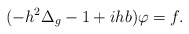
\begin{align*} (- h^2 \Delta_g -1 + i h b) \varphi =f. \end{align*}